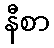
နီစာ